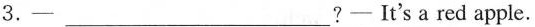
3.-___?-It's a red apple.